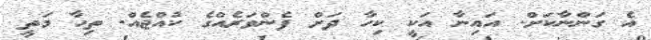
އެ ގަންނާކަށް. އައިނާ އަކީ ކިހާ ދަށް ފެންވަރެއްގެ ކުއްޖެއް. ތިހާ މަތީ